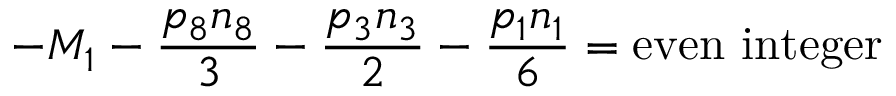
- M _ { 1 } - { \frac { p _ { 8 } n _ { 8 } } { 3 } } - { \frac { p _ { 3 } n _ { 3 } } { 2 } } - { \frac { p _ { 1 } n _ { 1 } } { 6 } } = \mathrm { e v e n } \ \mathrm { i n t e g e r }